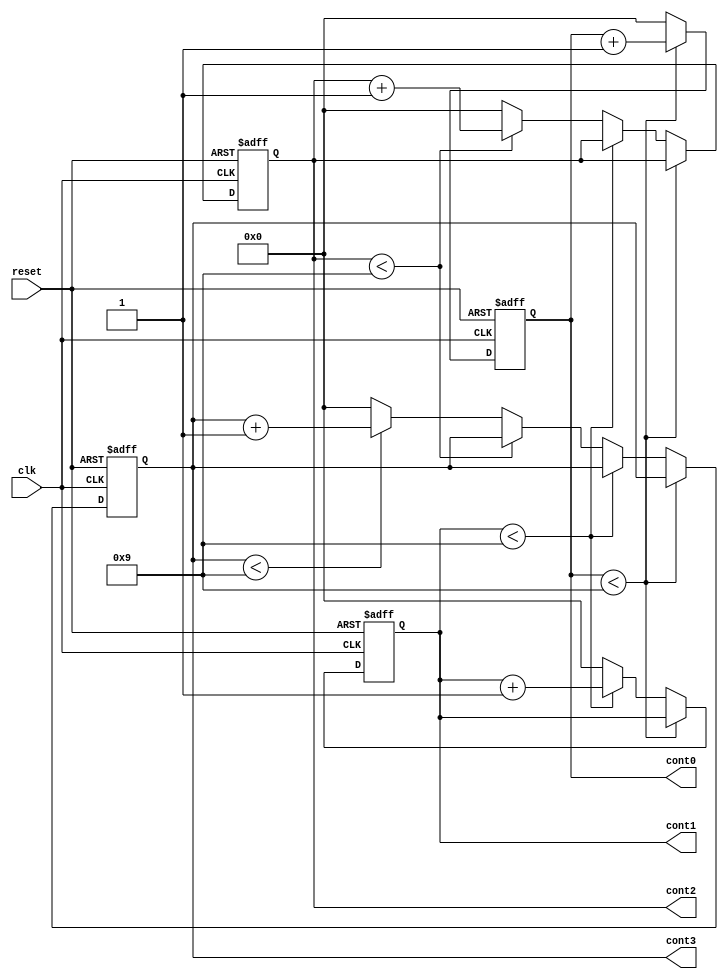
module Cont_0_9999(
    input clk,
    input reset,
    output reg [3:0] cont0,
    output reg [3:0] cont1,
    output reg [3:0] cont2,
    output reg [3:0] cont3
    );
	 
 always @(posedge clk or negedge reset)
 begin	 
	if(!reset)
	begin		
		cont0 = 0;
		cont1 = 0;
		cont2 = 0;
		cont3 = 0;		
	end
	else			
		if(cont0 < 4'b1001)			
			cont0 = cont0 + 1; // cont_unidades				
		else
		begin			
			cont0 = 0;				
			if(cont1 < 4'b1001)				
				cont1 = cont1 + 1;// cont_decenas					
			else
			begin				
				cont1 = 0;
				cont0 = 0;	
				if(cont2 < 4'b1001)					
					cont2 = cont2 + 1;//cont_centenas						
				else
				begin					
					cont2 = 0;
				        cont1 = 0;
				        cont0 = 0;						
						if(cont3 < 4'b1001)					
							cont3 = cont3 + 1; //cont_millares						
						else							
							cont3 = 0;					
				end				
			end
		end
 end
endmodule